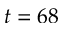
t = 6 8